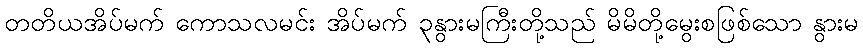
တတိယအိပ်မက် ကောသလမင်း အိပ်မက် ၃နွားမကြီးတို့သည် မိမိတို့မွေးစဖြစ်သော နွားမ